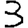
Digit: 3